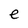
Character: e